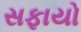
સફાયો